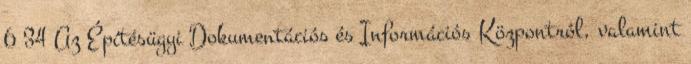
6 34 Az Építésügyi Dokumentációs és Információs Központról, valamint